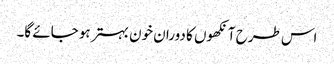
اس طرح آنکھوں کا دوران خون بہتر ہو جائے گا۔